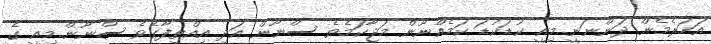
އަހަރެމެން ދަންނަނީ..މިއީ ކުޑަކުޑަ ކަމެއްނޫން މަޖާކަމެވެ ސްނޫން އަދި އިއްތިފާގެވެ ސްނޫން..މިއީ ގެ